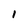
Character: 1